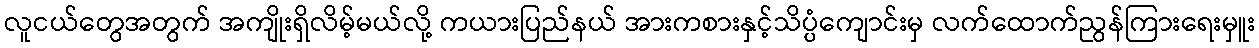
လူငယ်တွေအတွက် အကျိုးရှိလိမ့်မယ်လို့ ကယားပြည်နယ် အားကစားနှင့်သိပ္ပံကျောင်းမှ လက်ထောက်ညွန်ကြားရေးမှူး